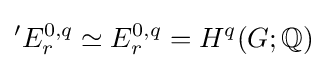
{}^{\prime }E_{r}^{0,q}\simeq E_{r}^{0,q}=H^{q}(G;\mathbb {Q} )